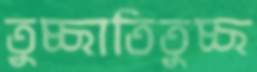
তুচ্ছাতিতুচ্ছ